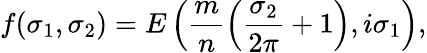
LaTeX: f(\sigma_{1},\sigma_{2})=E\left(\frac{m}{n}\left(\frac{\sigma_{2}}{2\pi}+1\right),i\sigma_{1}\right),